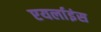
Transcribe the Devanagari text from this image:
एयर्लाइंस